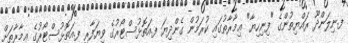
ފ.ނިލަންދޫ ރައްޔިތުންގެ "ފިނިހިޔާ" ޢިމާރާތުގައި ކުރަމުން ގެންދިޔަ ފ.އަތޮޅުސްޓޯރުގެ ވިޔަފާރި ފ.އަތޮޅުސްޓޯރުގެ ޢިމާރާތަށް